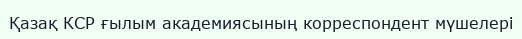
Қазақ КСР ғылым академиясының корреспондент мүшелері